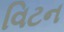
વિટન